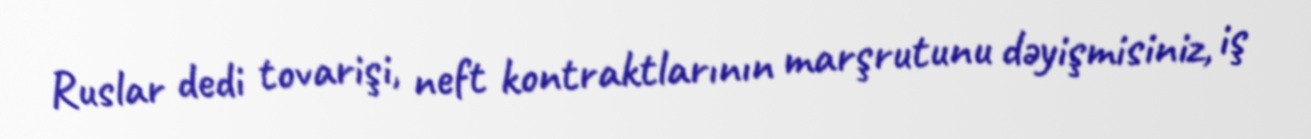
Ruslar dedi tovarişi, neft kontraktlarının marşrutunu dəyişmisiniz, iş